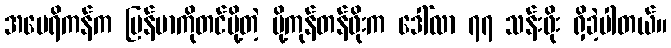
အမေရိကန်က မြန်မာကိုတင်ပို့တဲ့ ပို့ကုန်တန်ဖိုးက ဒေါ်လာ ၇၇ သန်းဖိုး ရှိခဲ့ပါတယ်။